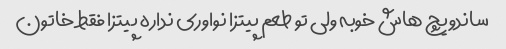
ساندویچ هاش خوبه ولی تو طعم پیتزا نواوری نداره پیتزا فقط خاتون